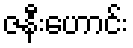
ဇနီးဟောင်း